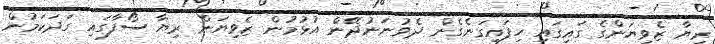
ރިޔާ ޒެވިޔަންގެ ގައިގައި ހިފައިގަނެގެން ދެވުނަނުދޭން އުޅުމުން ޒެވިޔަން ރިޔާ ސޯފާގައި ގަދަކަމުން